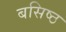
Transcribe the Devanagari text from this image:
बसिष्ठ